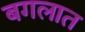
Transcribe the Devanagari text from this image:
बगलात